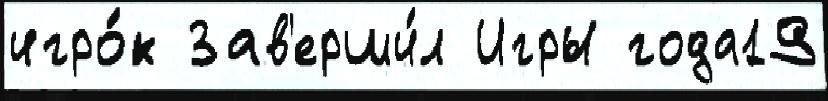
игро́к Зав'ерши́л Игры года19